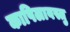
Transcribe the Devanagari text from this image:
कापिलावस्तु